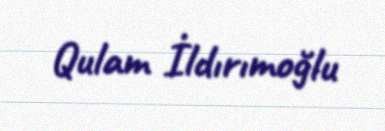
Qulam İldırımoğlu